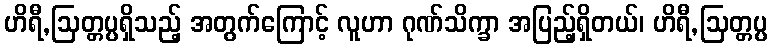
ဟိရီ,ဩတ္တပ္ပရှိသည့် အတွက်ကြောင့် လူဟာ ဂုဏ်သိက္ခာ အပြည့်ရှိတယ်၊ ဟိရီ,ဩတ္တပ္ပ